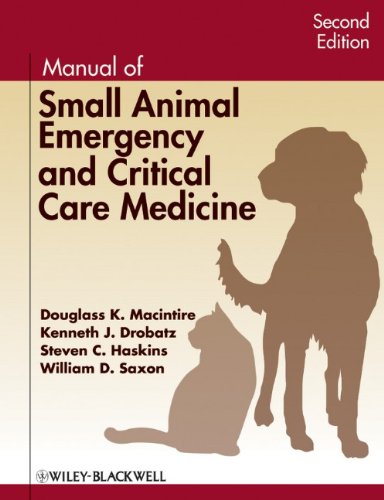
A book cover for Manual of Small Animal Emergency and Critical Care Medicine; Douglass K. Macintire; Medical Books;